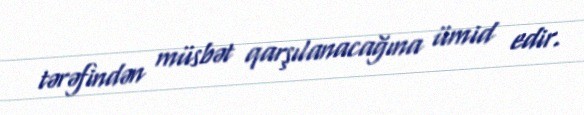
tərəfindən müsbət qarşılanacağına ümid edir.